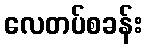
လေတပ်စခန်း